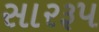
સારરૂપ